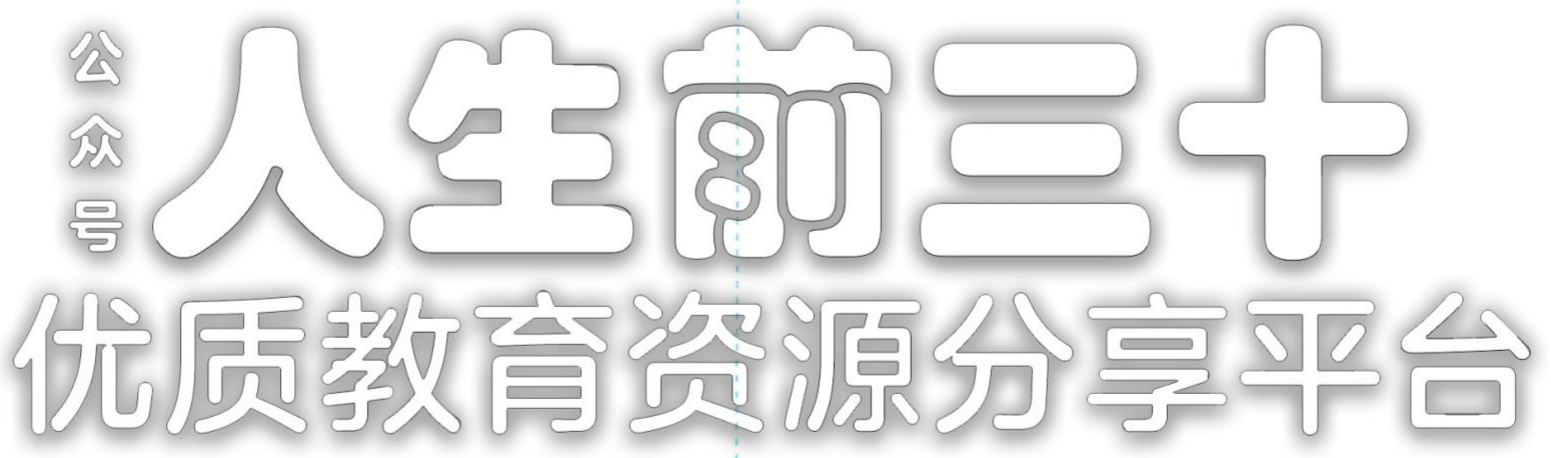
公众号 人生前三十 优质教育资源分享平台